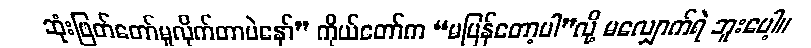
ဆုံးဖြတ်တော်မူလိုက်တာပဲနော်” ကိုယ်တော်က “မပြန်တော့ပါ”လို့ မလျှောက်ရဲ ဘူးပေါ့။